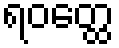
ရဝတ္ထေ